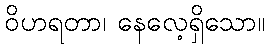
ဝိဟရတာ၊ နေလေ့ရှိသော။